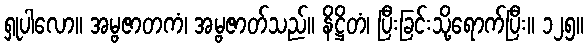
ရှုပါလော။ အမ္ဗဇာတကံ၊ အမ္ဗဇာတ်သည်။ နိဋ္ဌိတံ၊ ပြီးခြင်းသို့ရောက်ပြီး။ ၁၂၅။